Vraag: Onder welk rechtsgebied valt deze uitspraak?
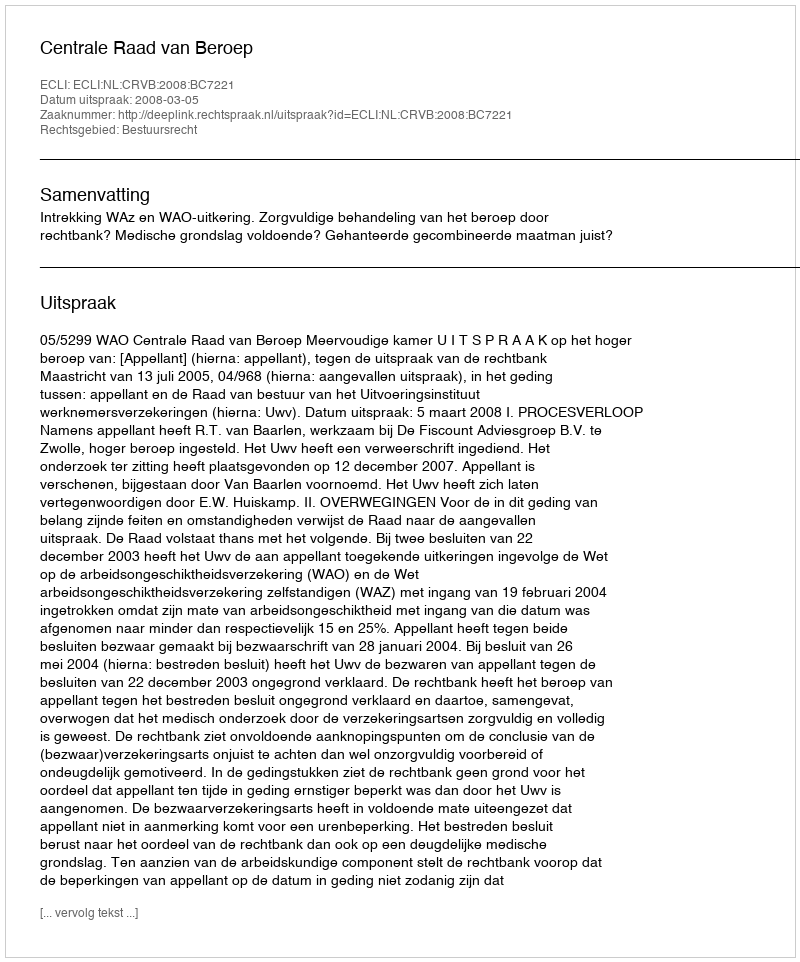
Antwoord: Bestuursrecht